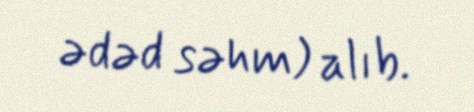
ədəd səhm) alıb.